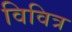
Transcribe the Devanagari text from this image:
विवित्र